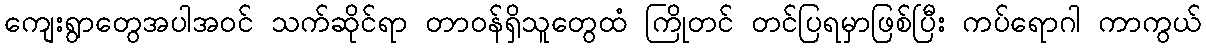
ကျေးရွာတွေအပါအဝင် သက်ဆိုင်ရာ တာဝန်ရှိသူတွေထံ ကြိုတင် တင်ပြရမှာဖြစ်ပြီး ကပ်ရောဂါ ကာကွယ်